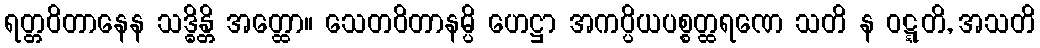
ရတ္တဝိတာနေန သဒ္ဓိန္တိ အတ္ထော။ သေတဝိတာနမ္ပိ ဟေဋ္ဌာ အကပ္ပိယပစ္စတ္ထရဏေ သတိ န ဝဋ္ဋတိ, အသတိ